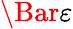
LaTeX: \Bar{\varepsilon}